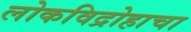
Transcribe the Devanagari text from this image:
लोकविद्रोहाचा